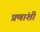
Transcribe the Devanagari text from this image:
प्रणांशी